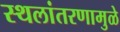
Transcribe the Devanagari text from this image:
स्थलांतरणामुळे